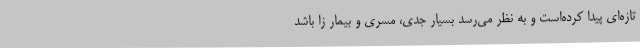
تازه‌ای پیدا کرده‌است و به نظر می‌رسد بسیار جدی، مسری و بیمار زا باشد